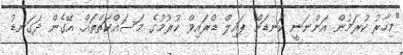
"މިހާރު ކުރަމުން އަންނަނީ ކަނޑަށް ޕައިލް ޑްރައިވް ކުރުމުގެ މަސައްކަތްތައް. އޭގެން ދަގަނޑު